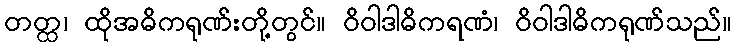
တတ္ထ၊ ထိုအဓိကရုဏ်းတို့တွင်။ ဝိဝါဒါဓိကရဏံ၊ ဝိဝါဒါဓိကရုဏ်သည်။